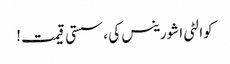
کوالٹی اشورینس کی ، سستی قیمت!